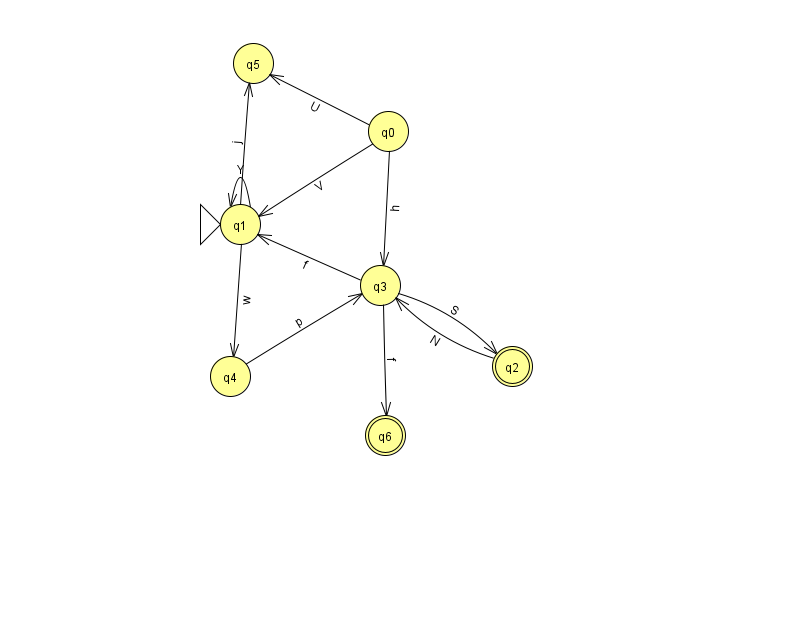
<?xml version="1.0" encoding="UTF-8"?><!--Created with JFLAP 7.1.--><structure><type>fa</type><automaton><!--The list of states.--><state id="0" name="q0"><x>388.0</x><y>118.0</y></state><state id="1" name="q1"><x>240.0</x><y>211.0</y><initial/></state><state id="2" name="q2"><x>512.0</x><y>353.0</y><final/></state><state id="3" name="q3"><x>380.0</x><y>272.0</y></state><state id="4" name="q4"><x>230.0</x><y>363.0</y></state><state id="5" name="q5"><x>253.0</x><y>50.0</y></state><state id="6" name="q6"><x>385.0</x><y>422.0</y><final/></state><!--The list of transitions.--><transition><from>0</from><to>3</to><read>h</read></transition><transition><from>3</from><to>1</to><read>f</read></transition><transition><from>1</from><to>4</to><read>w</read></transition><transition><from>4</from><to>3</to><read>p</read></transition><transition><from>3</from><to>2</to><read>S</read></transition><transition><from>0</from><to>5</to><read>U</read></transition><transition><from>1</from><to>5</to><read>j</read></transition><transition><from>0</from><to>1</to><read>V</read></transition><transition><from>1</from><to>1</to><read>Y</read></transition><transition><from>2</from><to>3</to><read>N</read></transition><transition><from>3</from><to>6</to><read>f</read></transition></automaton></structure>